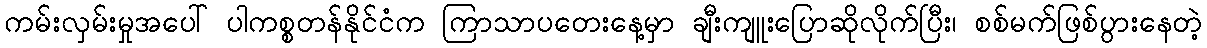
ကမ်းလှမ်းမှုအပေါ် ပါကစ္စတန်နိုင်ငံက ကြာသာပတေးနေ့မှာ ချီးကျူးပြောဆိုလိုက်ပြီး၊ စစ်မက်ဖြစ်ပွားနေတဲ့